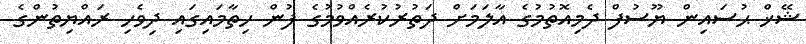
ޝޭޚް ޙުސައިން ޔޫސުފް ދެމިއޮތުމުގެ އާލަމަށް ދަތުރުކުރެއްވުމުގެ ފުން ހިތާމައިގައި ދިވެހި ރައްޔިތުންގެ